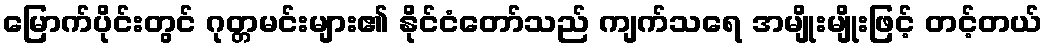
မြောက်ပိုင်းတွင် ဂုတ္တမင်းများ၏ နိုင်ငံတော်သည် ကျက်သရေ အမျိုးမျိုးဖြင့် တင့်တယ်